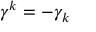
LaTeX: \gamma ^ { k } = - \gamma _ { k }